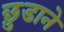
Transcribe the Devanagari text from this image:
छ़ुडाने